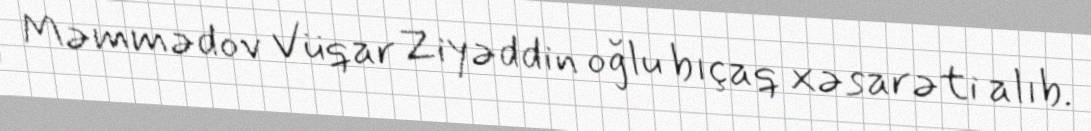
Məmmədov Vüqar Ziyəddin oğlu bıçaq xəsarəti alıb.